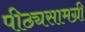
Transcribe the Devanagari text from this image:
पीठ्यसामग्री